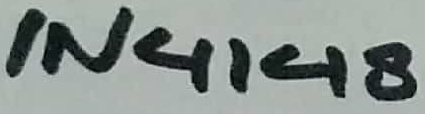
Text: IN4148